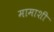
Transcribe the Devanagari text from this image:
मामाशी